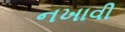
નખાવી